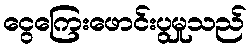
ငွေကြေးဖောင်းပွမှုသည်